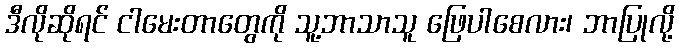
ဒီလိုဆိုရင် ငါမေးတာတွေကို သူ့ဘာသာသူ ဖြေပါစေလား၊ ဘာပြုလို့